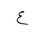
Letter: _ayn